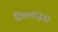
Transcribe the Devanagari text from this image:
ट्रिवलज़ियो